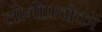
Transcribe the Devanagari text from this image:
लोगोप्रतीकों